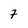
Character: 7